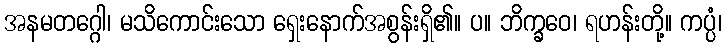
အနမတဂ္ဂေါ၊ မသိကောင်းသော ရှေးနောက်အစွန်းရှိ၏။ ပ။ ဘိက္ခဝေ၊ ရဟန်းတို့။ ကပ္ပံ၊